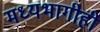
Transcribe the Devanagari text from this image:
मध्यभागीही